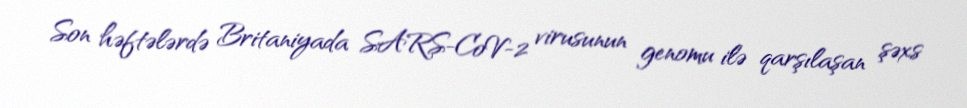
Son həftələrdə Britaniyada SARS-CoV-2 virusunun genomu ilə qarşılaşan şəxs